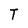
Character: T